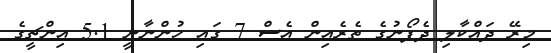
މިރޭ ދައްކާލި ދެފޯނުގެ ތެރެއިން އެސް 7 ގައި ހުންނާނީ 5.1 އިންޗީގެ